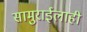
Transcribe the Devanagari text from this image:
सामुराईलाही